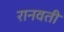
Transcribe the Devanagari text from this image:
रानवती